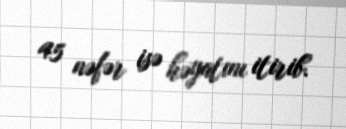
45 nəfər isə həyatını itirib.